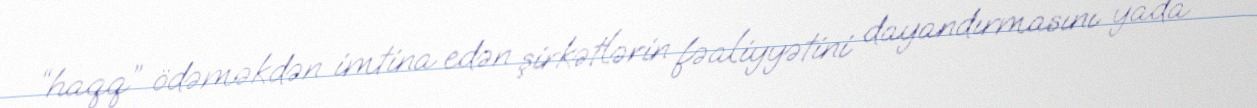
“haqq” ödəməkdən imtina edən şirkətlərin fəaliyyətini dayandırmasını yada